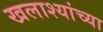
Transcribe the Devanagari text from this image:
खलाश्यांच्या